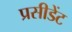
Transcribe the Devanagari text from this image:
प्रसीडेंट